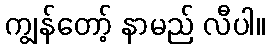
ကျွန်တော့် နာမည် လီပါ။